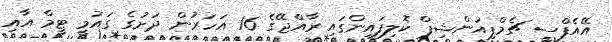
އޭއެފްސީ ޗެމްޕިއަންޝިޕް ކޮލިފައިންގައި ރާއްޖޭގެ 16 އަހަރުން ދަށުގެ ގައުމީ ޓީމް އާއި